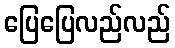
ပြေပြေလည်လည်